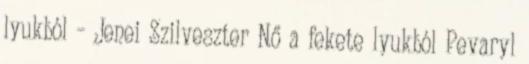
lyukból – Jenei Szilveszter Nő a fekete lyukból Pevaryl